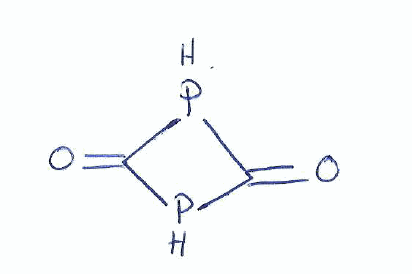
Simplified molecular-input line-entry system (SMILES) notation of the given molecule:
C1(=O)PC(=O)P1